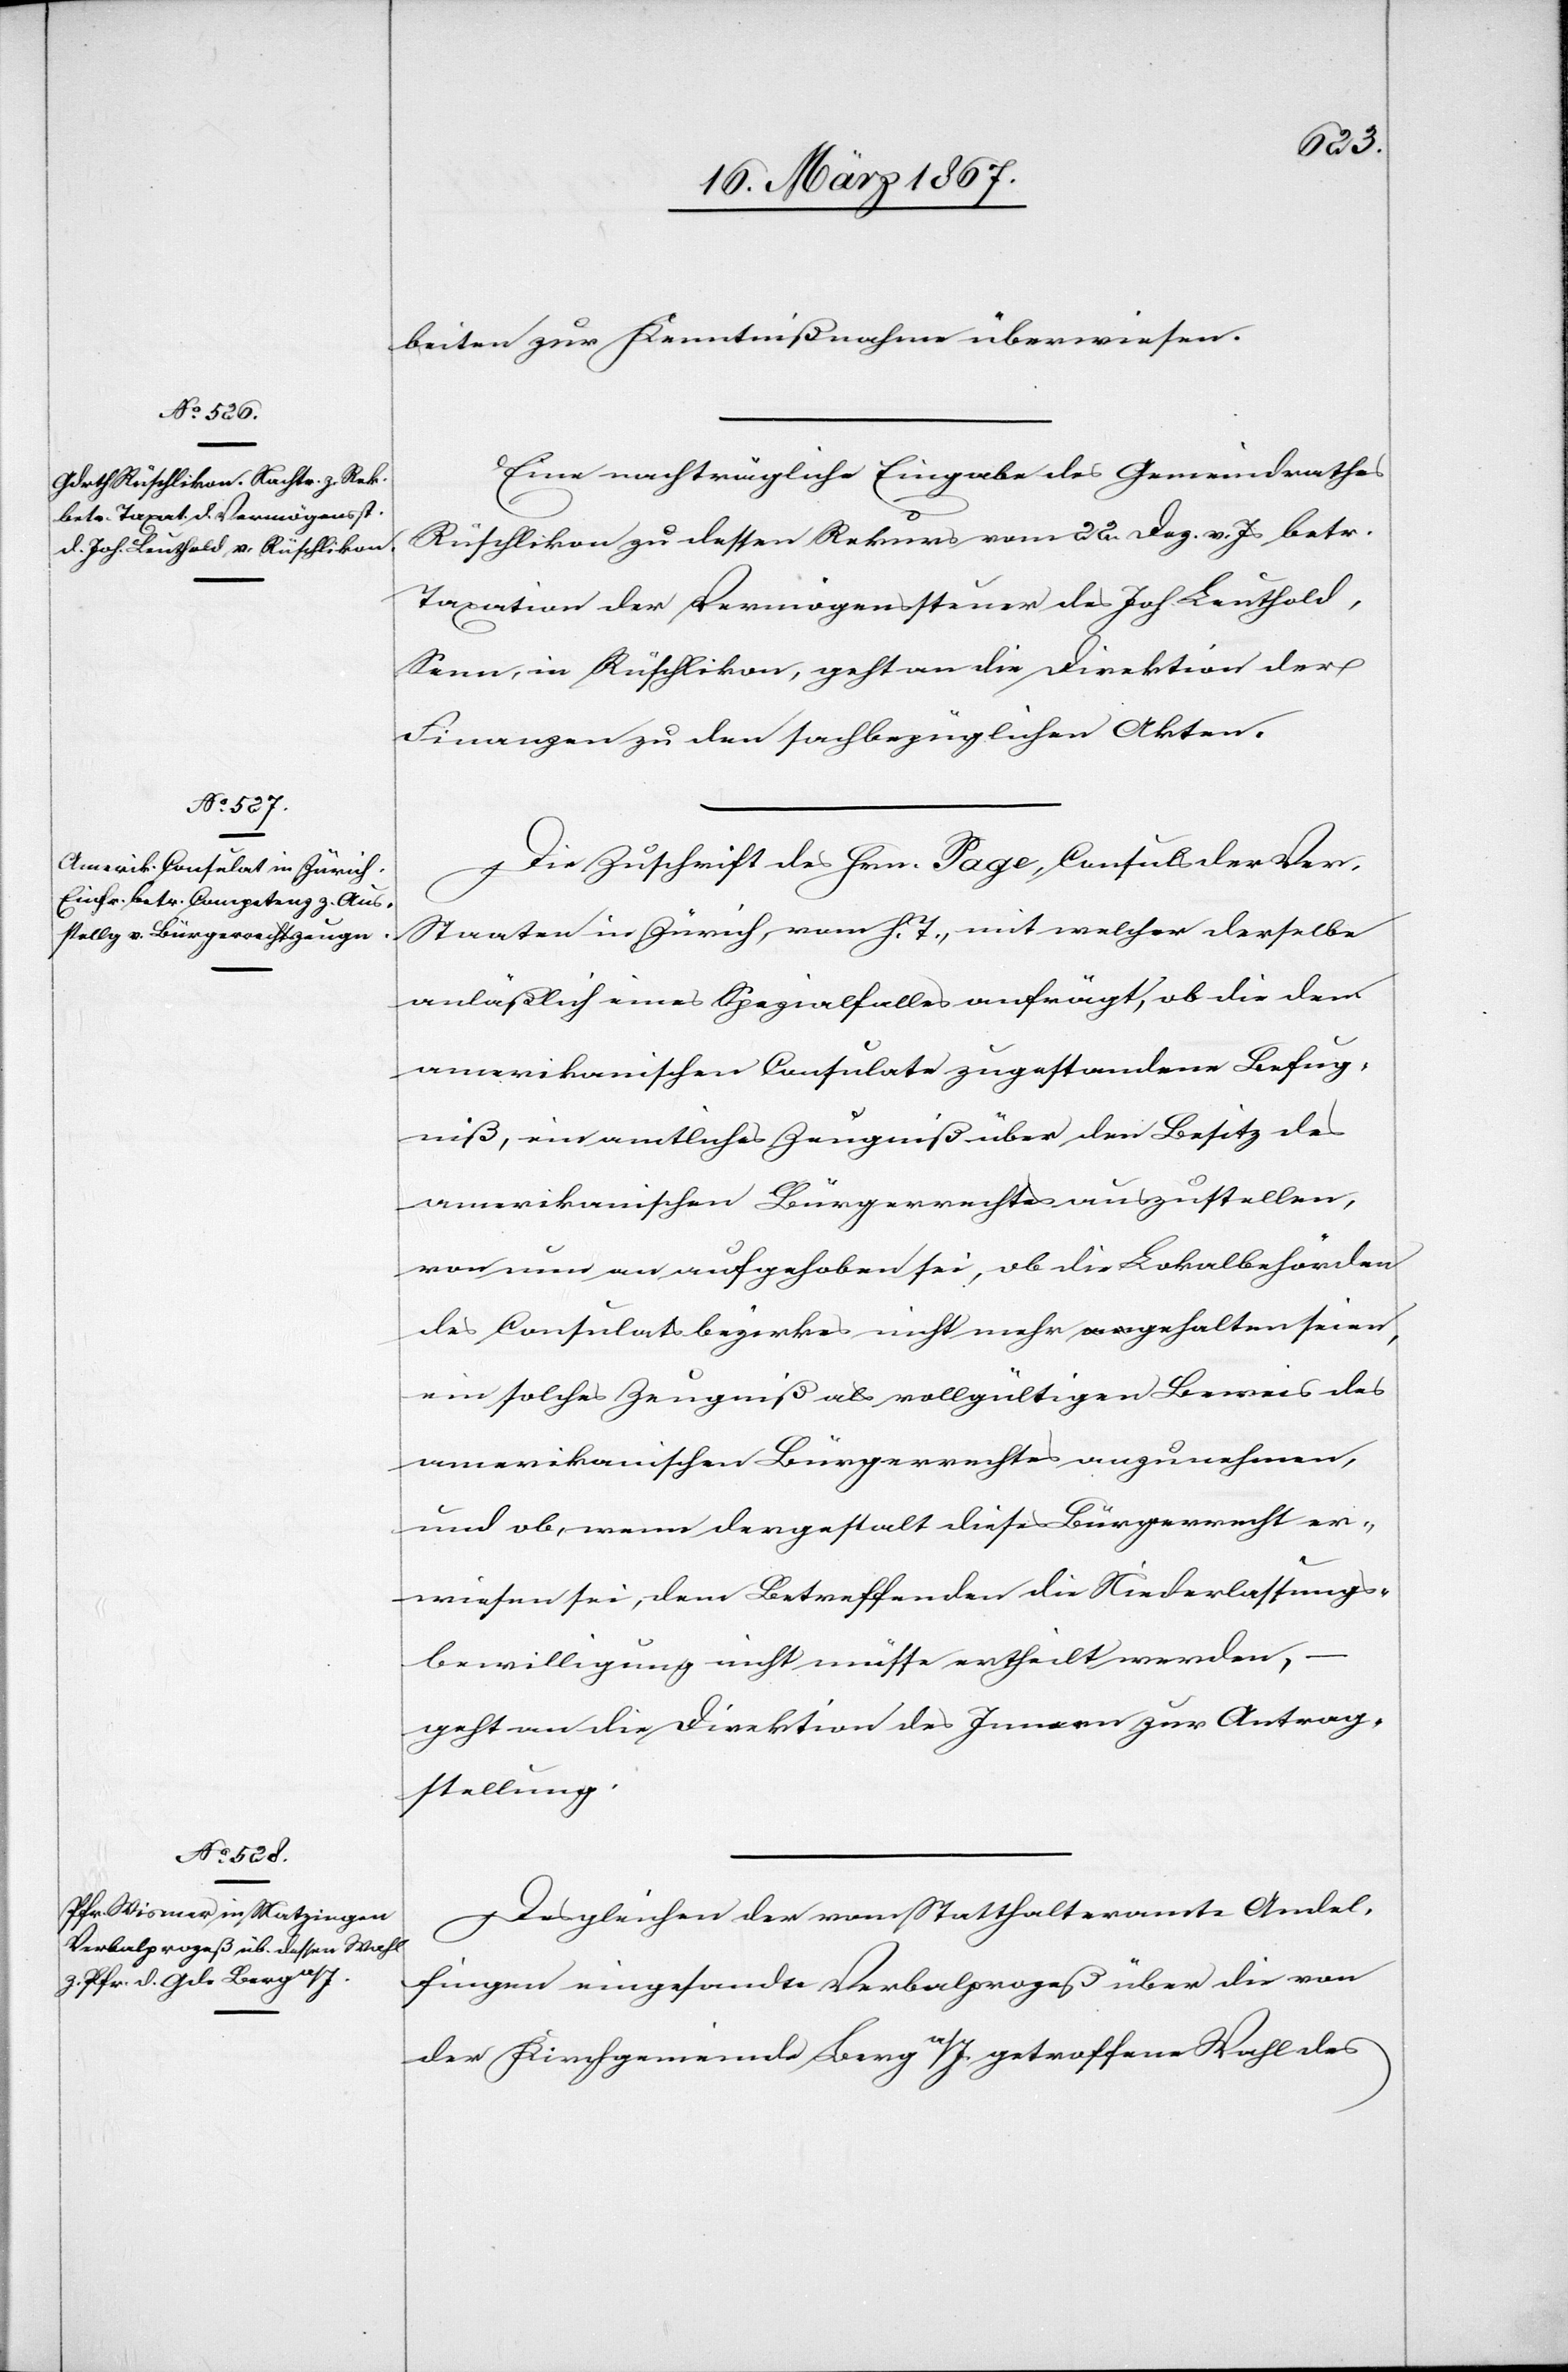
16. März 1867.]
beiten zur Kenntnißnahme überwiesen.
Eine nachträgliche Eingabe des Gemeindrathes
Rüschlikon zu dessen Rekurs vom 22. Dez. v. Js betr.
Taxation der Vermögenssteuer des Joh. Leuthold,
Senn, in Rüschlikon, geht an die Direktion der
Finanzen zu den sachbezüglichen Akten.
Die Zuschrift des Hrn. Page, Consuls der Ver.
Staaten in Zürich, vom h. T., mit welcher derselbe
anläßlich eines Spezialfalles anfrägt, ob die dem
amerikanischen Consulate zugestandene Befug¬
niß, ein amtliches Zeugniß über den Besitz des
amerikanischen Bürgerrechtes auszustellen,
von nun an aufgehoben sei, ob die Lokalbehörden
des Consulatbezirkes nicht mehr gehalten seien,
ein solches Zeugniß als vollgültigen Beweis des
amerikanischen Bürgerrechtes anzunehmen,
und ob, wenn dergestalt dieses Bürgerrecht er¬
wiesen sei, dem Betreffenden die Niederlassungs¬
bewilligung nicht müsse ertheilt werden, –
geht an die Direktion des Innern zur Antrag¬
stellung.
Desgleichen der vom Statthalteramte Andel¬
fingen eingesandte Verbalprozeß über die von
der Kirchgemeinde Berg a/I getroffene Wahl des